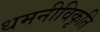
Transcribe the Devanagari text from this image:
धमनीविकृति